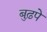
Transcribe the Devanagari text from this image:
बुढ़पे